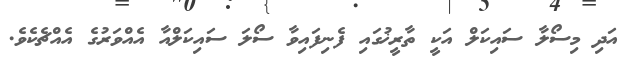
އަދި މިސޯލާ ސައިކަލް އަކީ ތާރީޚުގައި ފެނިފައިވާ ސޯލަ ސައިކަލްއާ އެއްވަރުގެ އެއްޗެކެވެ.